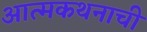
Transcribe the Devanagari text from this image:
आत्मकथनाची